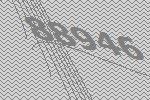
88946